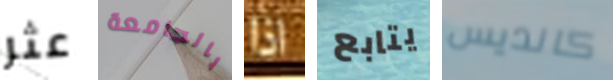
عثر بالجامعة اذا يتابع كانديس